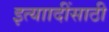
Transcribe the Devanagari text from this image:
इत्याादींसाठी